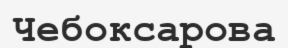
Чебоксарова